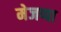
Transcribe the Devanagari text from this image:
मेजप्पा